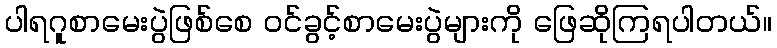
ပါရဂူစာမေးပွဲဖြစ်စေ ဝင်ခွင့်စာမေးပွဲများကို ဖြေဆိုကြရပါတယ်။